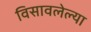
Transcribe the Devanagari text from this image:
विसावलेल्या